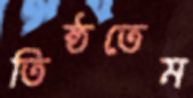
তিষ্ঠতেম